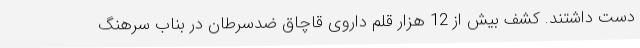
دست داشتند. کشف بیش از 12 هزار قلم داروی قاچاق ضدسرطان در بناب سرهنگ